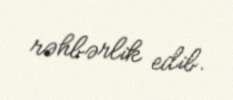
rəhbərlik edib.